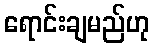
ရောင်းချမည်ဟု